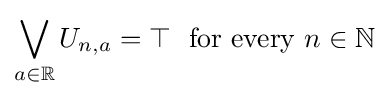
\bigvee _{a\in \mathbb {R} }U_{n,a}=\top \ {\text{  for every }}n\in \mathbb {N}